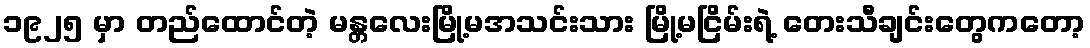
၁၉၂၅ မှာ တည်ထောင်တဲ့ မန္တလေးမြို့မအသင်းသား မြို့မငြိမ်းရဲ့ တေးသီချင်းတွေကတော့